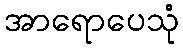
အာရောပေသုံ